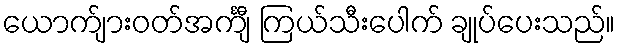
ယောက်ျားဝတ်အင်္ကျီ ကြယ်သီးပေါက် ချုပ်ပေးသည်။